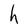
Character: h